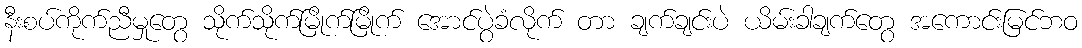
နီးစပ်ကိုက်ညီမှုတွေ သိုက်သိုက်မြိုက်မြိုက် အောင်ပွဲခံလိုက် တာ ချက်ချင်းပဲ ယိမ်းခါချက်တွေ အကောင်းမြင်ဘဝ